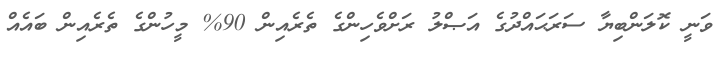
ވަނީ ކޮލަންބިޔާ ސަރަޙައްދުގެ އަޞްލު ރަށްވެހިންގެ ތެރެއިން 90% މީހުންގެ ތެރެއިން ބައެއް